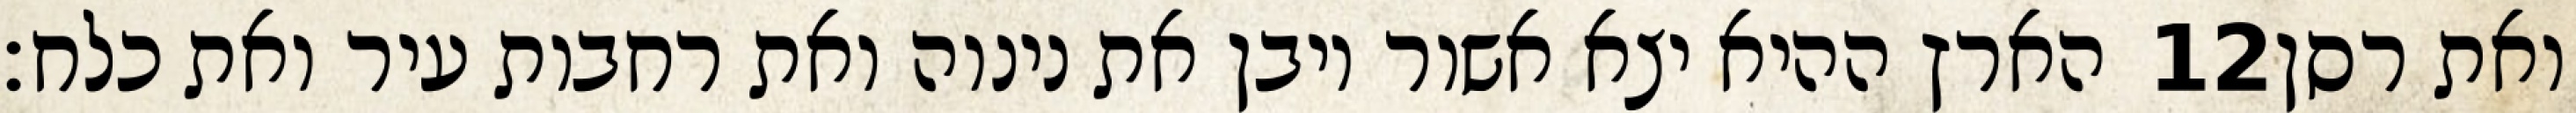
הארץ ההיא יצא אשור ויבן את נינוה ואת רחבות עיר ואת כלח׃ ‎12‏ ואת רסן